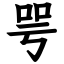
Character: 咢